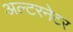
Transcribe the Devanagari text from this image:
अल्‍टरनेटर